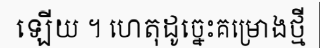
ឡើយ ។ ហេតុដូច្នេះគម្រោងថ្មី